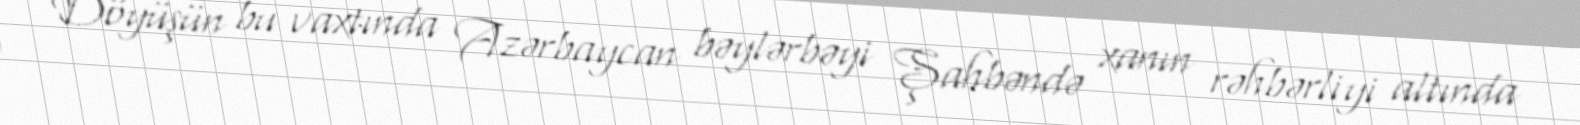
Döyüşün bu vaxtında Azərbaycan bəylərbəyi Şahbəndə xanın rəhbərliyi altında